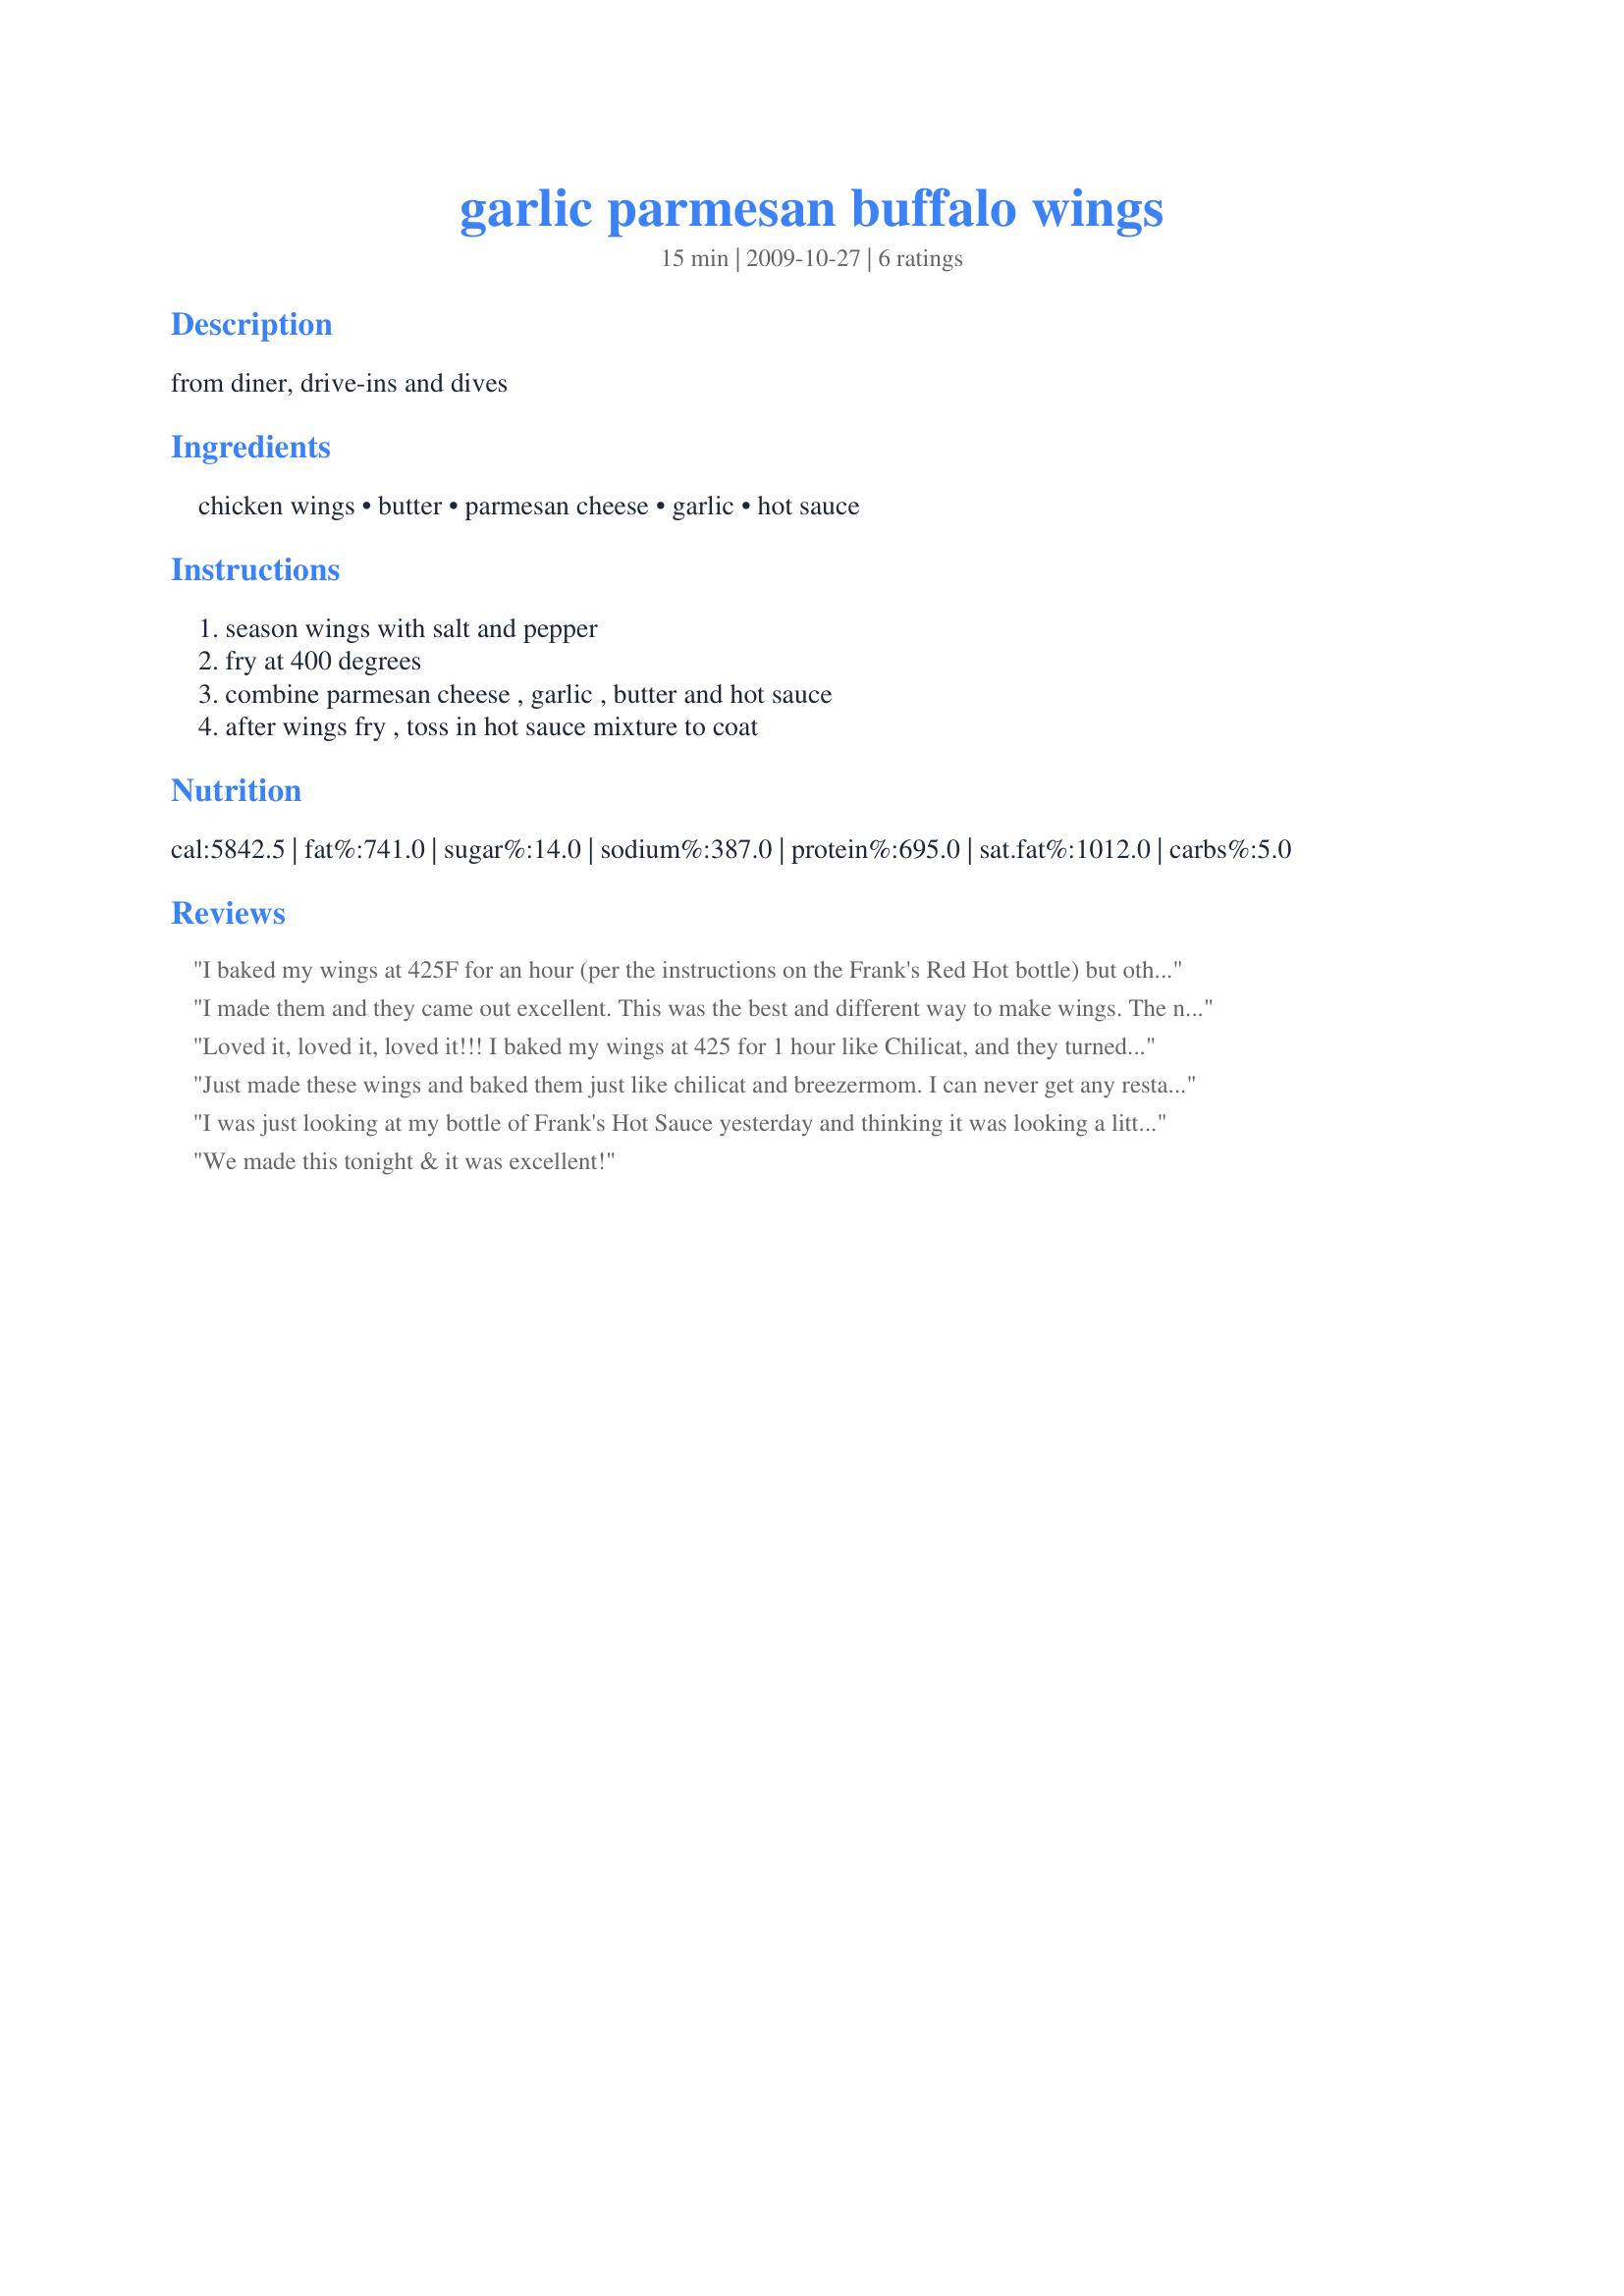
garlic parmesan buffalo wings
Preparation time: 15 minutes

from diner, drive-ins and dives

Ingredients:
chicken wings, butter, parmesan cheese, garlic, hot sauce

Steps:
season wings with salt and pepper, fry at 400 degrees, combine parmesan cheese , garlic , butter and hot sauce, after wings fry , toss in hot sauce mixture to coat

Reviews:
I baked my wings at 425F for an hour (per the instructions on the Frank's Red Hot bottle) but otherwise followed the recipe exactly. These wings are great! Spicy but not overly hot, and with a lot of added flavor from the garlic and parmesan. For those who don't want to have to deal with all the oil from deep frying, I highly recommend baking the wings. They come out wonderfully crispy and are just as good as fried. Just make sure you line your pan with nonstick foil or stir the wings around periodically, because they will stick like crazy to the pan if you don't. One note: based on the quantity of sauce I think this recipe is supposed to make 4 lbs of wings, not 1/4 lb.
Awesome recipe - thanks for posting!
I made them and they came out excellent. This was the best and different way to make wings. The next time I make them I will have to bake them.
Loved it, loved it, loved it!!! I baked my wings at 425 for 1 hour like Chilicat, and they turned out absolutely perfect...crisp on the outside and moist and juicy on the inside. The sauce is fabulous, although I think you should reduce it by at least half. I started melting the butter while the wings were baking, and added the garlic immediately to let it soften up a bit and permeate the butter. I let the garlic sit in the butter for 30 minutes, then I added the hot sauce and parmesan. This was hot wing heaven! Made for photo tag....photo will be uploaded later! Thanks for sharing another fabulous recipe Mightyro.
Just made these wings and baked them just like chilicat and breezermom. I can never get any restaurant to understand that I like my wings crispy on the outside because no matter how I ask, they still come chewy. These were by far the best wings I ever had. The recipe for the sauce (I used Franks thick sauce as the hot sauce) was addictive and so unbelievably flavorfull. You can't get wings this good anywhere. Crispy on the outside, tender and juicy on the inside. You will never get wings from a restaurant again once you realize you make the best with this recipe!
I was just looking at my bottle of Frank's Hot Sauce yesterday and thinking it was looking a little sickly and in need of replacement. This provided the perfect excuse. Tantalizing! Made for Best of 2010 Recipe Tag.
We made this tonight & it was excellent!
